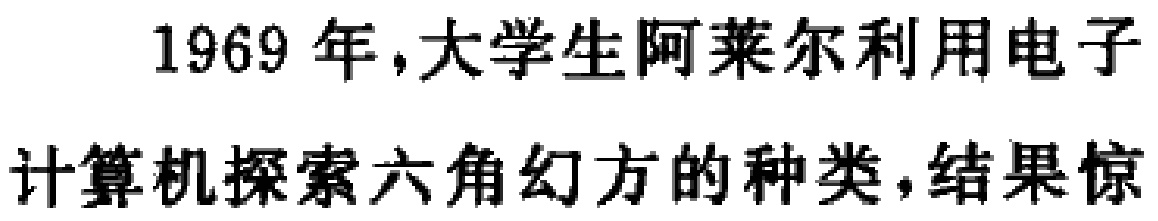
1969 年,大学生阿莱尔利用电子计算机探索六角幻方的种类,结果惊